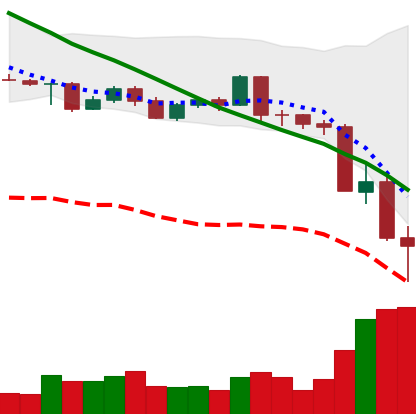
Ticker: LTC-USD
Chart end date: 2022-05-12
Forward return: 13.302%
Label: up_7plus